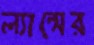
ল্যান্সের